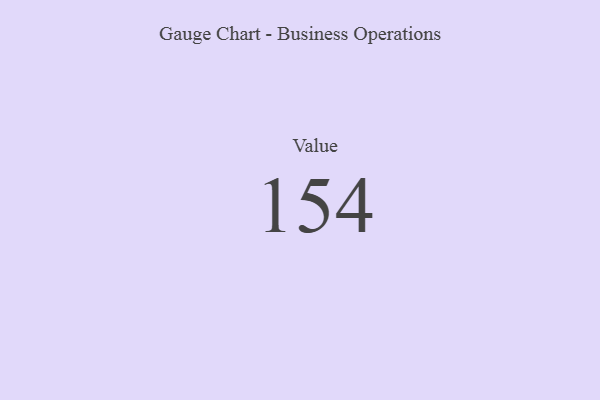
{"axis": {"x": "Metric", "y": "Value"}, "legend": [""], "data": [{"x": "Value", "y": 154, "type": ""}]}